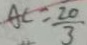
A C = \frac { 2 0 } { 3 }